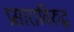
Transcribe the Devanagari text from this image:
प्रसाराविरुद्ध